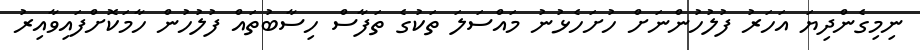
ނިމިގެންދިޔަ އަހަރު ފުލުހުންނަށް ހުށަހެޅުނު މައްސަލަ ތަކުގެ ތަފާސް ހިސާބުތައް ފުލުހުން ހާމަކޮށްފައިވާއިރު